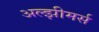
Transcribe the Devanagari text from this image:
अल्झीमर्स